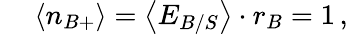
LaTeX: \quad\: \left<n_{B+}\right>=\left<E_{B/S}\right>\cdot r_{B}=1\, ,